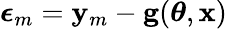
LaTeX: \boldsymbol{\epsilon}_{m}=\mathbf{y}_{m}-\mathbf{g}(\boldsymbol{\theta},\mathbf{x})